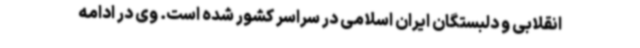
انقلابی و دلبستگان ایران اسلامی در سراسر کشور شده است. وی در ادامه